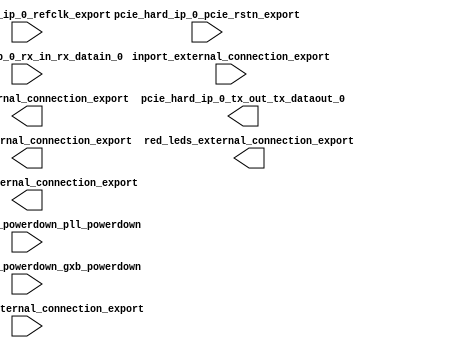

module pcihellocore (
	green_leds_external_connection_export,
	hexport2_external_connection_export,
	hexport_external_connection_export,
	pcie_hard_ip_0_pcie_rstn_export,
	pcie_hard_ip_0_powerdown_pll_powerdown,
	pcie_hard_ip_0_powerdown_gxb_powerdown,
	pcie_hard_ip_0_refclk_export,
	pcie_hard_ip_0_rx_in_rx_datain_0,
	pcie_hard_ip_0_tx_out_tx_dataout_0,
	push_buttons_external_connection_export,
	red_leds_external_connection_export,
	inport_external_connection_export);	

	output	[31:0]	green_leds_external_connection_export;
	output	[31:0]	hexport2_external_connection_export;
	output	[31:0]	hexport_external_connection_export;
	input		pcie_hard_ip_0_pcie_rstn_export;
	input		pcie_hard_ip_0_powerdown_pll_powerdown;
	input		pcie_hard_ip_0_powerdown_gxb_powerdown;
	input		pcie_hard_ip_0_refclk_export;
	input		pcie_hard_ip_0_rx_in_rx_datain_0;
	output		pcie_hard_ip_0_tx_out_tx_dataout_0;
	input	[31:0]	push_buttons_external_connection_export;
	output	[31:0]	red_leds_external_connection_export;
	input	[31:0]	inport_external_connection_export;
endmodule